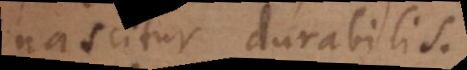
nascitur durabilis.